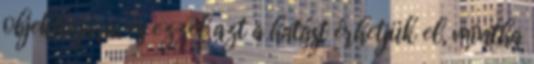
objektívjára, és ezzel azt a hatást érhetjük el, mintha